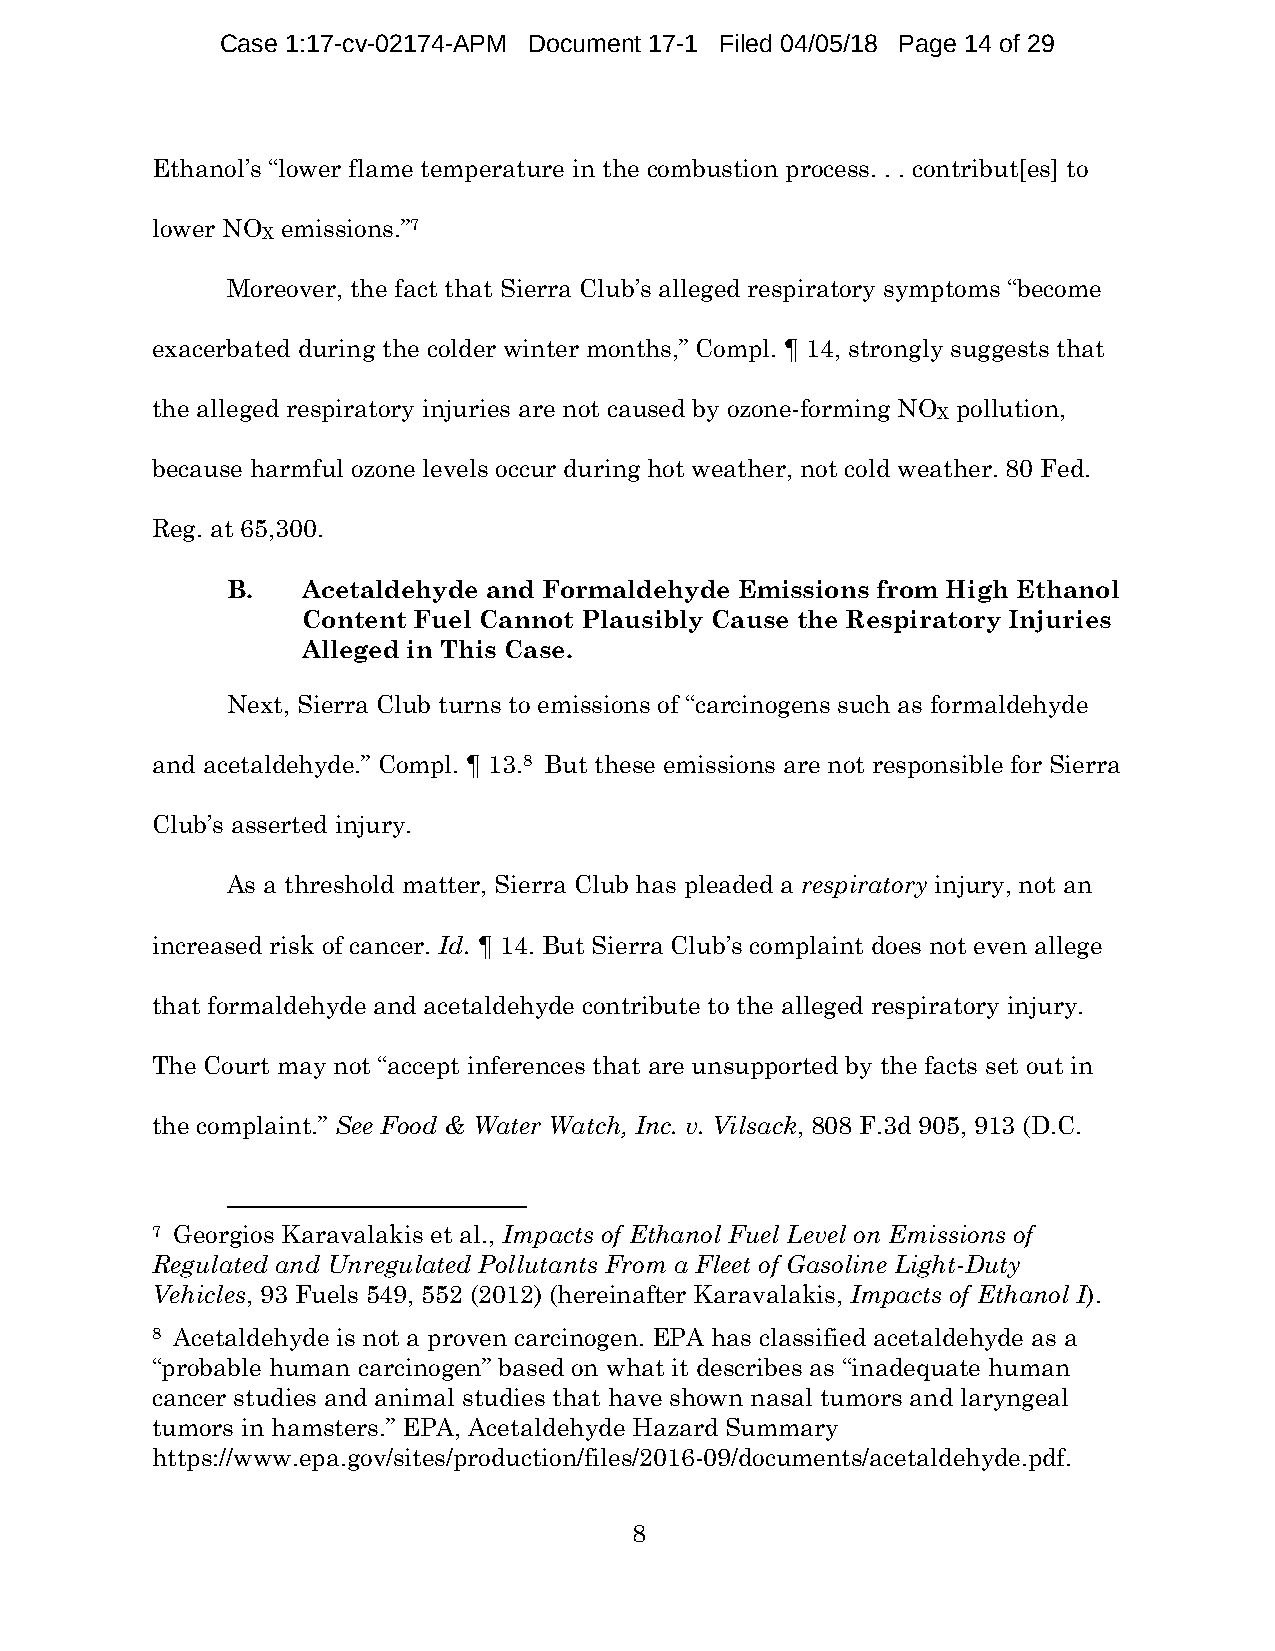
Case 1:17-cv-02174-APM Document 17-1 Filed 04/05/18 Page 14 of 29
 Ethanol’s “lower flame temperature in the combustion process. . . contribut[es] to
 lower NO emissions.”7
 X
 Moreover, the fact that Sierra Club’s alleged respiratory symptoms “become
 exacerbated during the colder winter months,” Compl. ¶ 14, strongly suggests that
 the alleged respiratory injuries are not caused by ozone-forming NO pollution,
 X
 because harmful ozone levels occur during hot weather, not cold weather. 80 Fed.
 Reg. at 65,300.
 B.   Acetaldehyde and Formaldehyde Emissions from High Ethanol
 Content Fuel Cannot Plausibly Cause the Respiratory Injuries
 Alleged in This Case.
 Next, Sierra Club turns to emissions of “carcinogens such as formaldehyde
 and acetaldehyde.” Compl. ¶ 13.8 But these emissions are not responsible for Sierra
 Club’s asserted injury.
 As a threshold matter, Sierra Club has pleaded a respiratory injury, not an
 increased risk of cancer. Id. ¶ 14. But Sierra Club’s complaint does not even allege
 that formaldehyde and acetaldehyde contribute to the alleged respiratory injury.
 The Court may not “accept inferences that are unsupported by the facts set out in
 the complaint.” See Food & Water Watch, Inc. v. Vilsack, 808 F.3d 905, 913 (D.C.
 7 Georgios Karavalakis et al., Impacts of Ethanol Fuel Level on Emissions of
 Regulated and Unregulated Pollutants From a Fleet of Gasoline Light-Duty
 Vehicles, 93 Fuels 549, 552 (2012) (hereinafter Karavalakis, Impacts of Ethanol I).
 8 Acetaldehyde is not a proven carcinogen. EPA has classified acetaldehyde as a
 “probable human carcinogen” based on what it describes as “inadequate human
 cancer studies and animal studies that have shown nasal tumors and laryngeal
 tumors in hamsters.” EPA, Acetaldehyde Hazard Summary
 https://www.epa.gov/sites/production/files/2016-09/documents/acetaldehyde.pdf.
 8